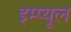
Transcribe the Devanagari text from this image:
इम्प्यूल